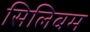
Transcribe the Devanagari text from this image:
सिलिबम